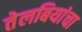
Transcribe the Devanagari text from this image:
तेलबियांचा